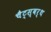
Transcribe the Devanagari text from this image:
चैट्स्वर्थ